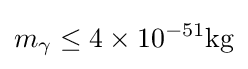
m_{\gamma }\leq 4\times 10^{-51}{\text{kg}}